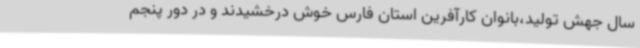
سال جهش تولید،بانوان کارآفرین استان فارس خوش درخشیدند و در دور پنجم